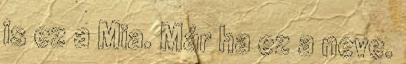
is ez a Mia. Már ha ez a neve.